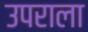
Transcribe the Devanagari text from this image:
उपराला